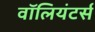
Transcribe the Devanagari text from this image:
वॉलियंटर्स